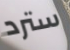
سترد